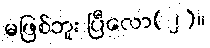
မဖြစ်ဘူး ပြီလော(၂)။